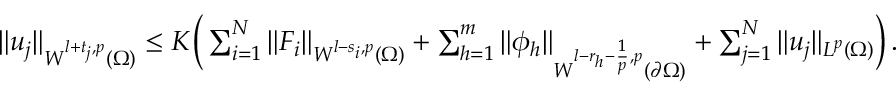
\begin{array} { r } { \| u _ { j } \| _ { W ^ { l + t _ { j } , p } ( \Omega ) } \leq K \Big ( \sum _ { i = 1 } ^ { N } \| F _ { i } \| _ { W ^ { l - s _ { i } , p } ( \Omega ) } + \sum _ { h = 1 } ^ { m } \| \phi _ { h } \| _ { W ^ { l - r _ { h } - \frac { 1 } { p } , p } ( \partial \Omega ) } + \sum _ { j = 1 } ^ { N } \| u _ { j } \| _ { L ^ { p } ( \Omega ) } \Big ) \, . } \end{array}